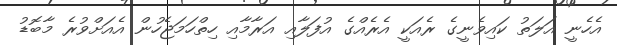
އެހެނީ އަލަތު ކައިވެނީގެ ރެއަކީ އެރެއްގެ އުފަލާއި އަރާމާއި ހިތްހަމަޖެހުން އެއަށްވުރެ މާބޮޑު